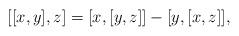
LaTeX: \begin{align*}[[x,y],z]=[x,[y,z]]-[y,[x,z]],\end{align*}